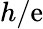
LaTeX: h/\mathrm{e}